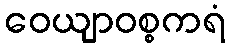
ဝေယျာဝစ္စကရံ